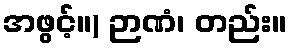
အဖွင့်။) ဉာဏံ၊ တည်း။